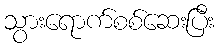
သွားရောက်စစ်ဆေးပြီး